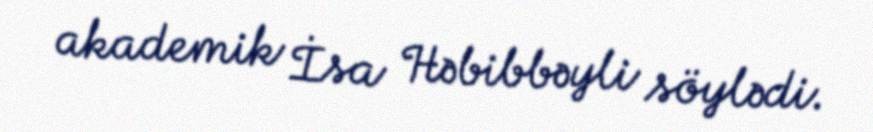
akademik İsa Həbibbəyli söylədi.